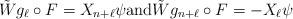
LaTeX: \begin{align*}\tilde{W}g_\ell \circ F = X_{n+\ell}\psi \mbox{and} \tilde{W}g_{n+\ell} \circ F = -X_\ell\psi\end{align*}